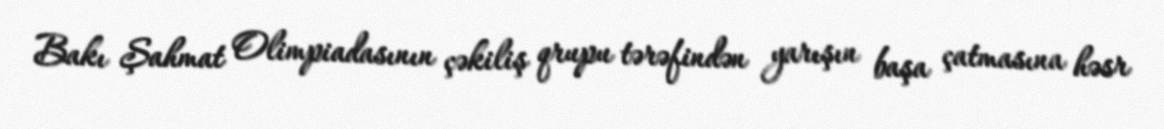
Bakı Şahmat Olimpiadasının çəkiliş qrupu tərəfindən yarışın başa çatmasına həsr